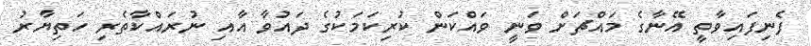
ފެނިފައިވާތީ އޭނާގެ މައްޗަށް ވަނީ ވައްކަން ކުރިކަމަކުގެ ދައުވާ އާއި ނުރަައްކާތެރި ހަތިޔާރު